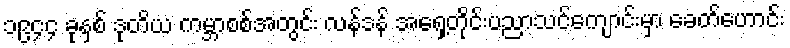
၁၉၄၄ ခုနှစ် ဒုတိယ ကမ္ဘာစစ်အတွင်း လန်ဒန် အရှေ့တိုင်းပညာသင်ကျောင်းမှာ ခေတ်ဟောင်း